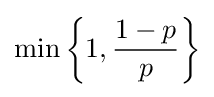
\displaystyle \min \left\{1,{\frac {1-p}{p}}\right\}